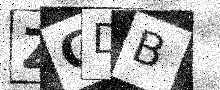
Text: ZCDB